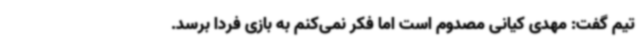
تیم گفت: مهدی کیانی مصدوم است اما فکر نمی‌کنم به بازی فردا برسد.